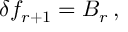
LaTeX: \delta f _ { r + 1 } = B _ { r } \, ,